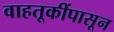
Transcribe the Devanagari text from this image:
वाहतूकींपासून